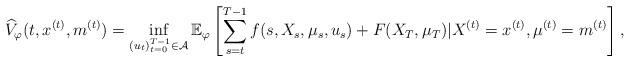
LaTeX: \begin{align*}& \widehat V_{\varphi}(t,x^{(t)},m^{(t)})=\inf_{(u_t)_{t=0}^{T-1} \in \mathcal A} \mathbb{E}_{\varphi}\left[\sum_{s=t}^{T-1}f(s,X_s,\mu_s,u_s)+ F(X_T,\mu_T)| X^{(t)}=x^{(t)}, \mu^{(t)}=m^{(t)}\right],\end{align*}